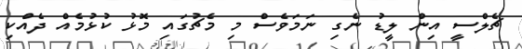
ޗެލްސީ އިން ލީޑު ނެގި ނަމަވެސް މި މެޗުގައި މޮޅު ކުޅުމެއް ދެއްކި